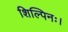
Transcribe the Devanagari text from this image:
शिल्पिनः।